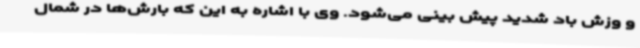
و وزش باد شدید پیش بینی می‌شود. وی با اشاره به این که بارش‌ها در شمال